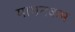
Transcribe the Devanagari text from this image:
मामनकम